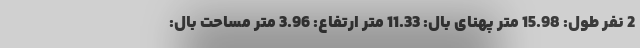
2 نفر طول: 15.98 متر پهنای بال: 11.33 متر ارتفاع: 3.96 متر مساحت بال: